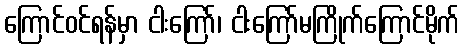
ကြောင်ဝင်ရန်မှာ ငါးကြော်၊ ငါးကြော်မကြိုက်ကြောင်မိုက်